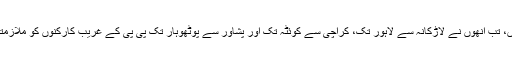
آپ کی شہید والدہ جب پہلی بار اس ملک کی وزیراعظم بنی تھیں، تب انھوں نے لاڑکانہ سے لاہور تک، کراچی سے کوئٹہ تک اور پشاور سے پوٹھوہار تک پی پی کے غریب کارکنوں کو ملازمتیں دینے کے لیے پلیسمنٹ بیورو جیسے ادارے قائم کیے تھے۔